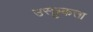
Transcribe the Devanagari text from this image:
उस्छुकत्ता